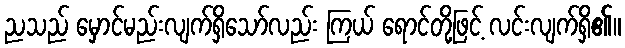
ညသည် မှောင်မည်းလျက်ရှိသော်လည်း ကြယ် ရောင်တို့ဖြင့် လင်းလျက်ရှိ၏။